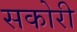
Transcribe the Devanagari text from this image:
सकोरी